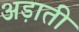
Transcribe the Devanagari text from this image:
अड़ाती